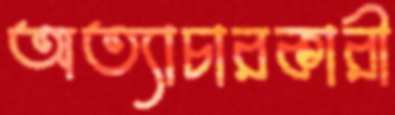
অত্যাচারকারী